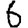
Digit: 6